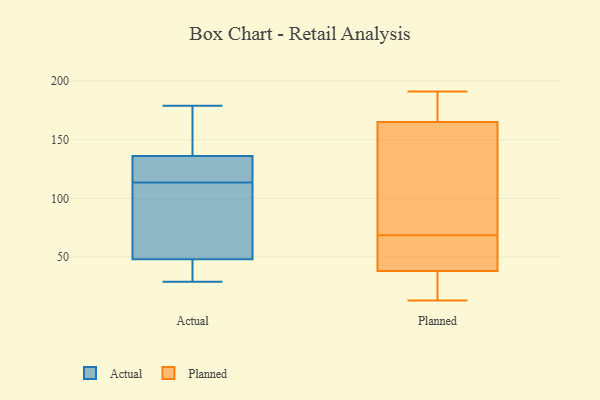
{"axis": {"x": "Budget (USD K)", "y": "Value"}, "legend": ["Actual", "Planned"], "data": [{"x": "", "y": 129, "type": "Actual"}, {"x": "", "y": 81, "type": "Actual"}, {"x": "", "y": 34, "type": "Actual"}, {"x": "", "y": 179, "type": "Actual"}, {"x": "", "y": 107, "type": "Actual"}, {"x": "", "y": 169, "type": "Actual"}, {"x": "", "y": 29, "type": "Actual"}, {"x": "", "y": 136, "type": "Actual"}, {"x": "", "y": 48, "type": "Actual"}, {"x": "", "y": 120, "type": "Actual"}, {"x": "", "y": 46, "type": "Planned"}, {"x": "", "y": 13, "type": "Planned"}, {"x": "", "y": 191, "type": "Planned"}, {"x": "", "y": 39, "type": "Planned"}, {"x": "", "y": 86, "type": "Planned"}, {"x": "", "y": 52, "type": "Planned"}, {"x": "", "y": 35, "type": "Planned"}, {"x": "", "y": 85, "type": "Planned"}, {"x": "", "y": 146, "type": "Planned"}, {"x": "", "y": 165, "type": "Planned"}, {"x": "", "y": 121, "type": "Planned"}, {"x": "", "y": 48, "type": "Planned"}, {"x": "", "y": 13, "type": "Planned"}, {"x": "", "y": 165, "type": "Planned"}, {"x": "", "y": 177, "type": "Planned"}, {"x": "", "y": 171, "type": "Planned"}, {"x": "", "y": 38, "type": "Planned"}, {"x": "", "y": 20, "type": "Planned"}]}